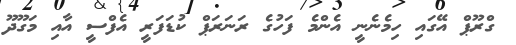
ގްރޫޕް އޭގައި ހިމެނެނީ އެންމެ ފަހުގެ ރަނަރަޕް ކުޑަފަރީ އެފްސީ އާއި މަގޫދޫ